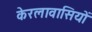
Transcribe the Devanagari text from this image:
केरलावासियों